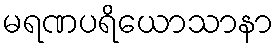
မရဏပရိယောသာနာ